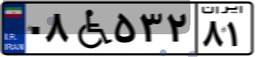
۰۸W۵۳۲۸۱